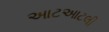
આટઆટલી